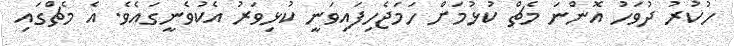
ހުކުރު ދުވަހު އޮންނަ މެޗް ކުޅުމަށް ހަމަޖެހިފައިވަނީ ކުޅިވަރު އެކުވެނީގައެވެ. އެ މެޗްގައި